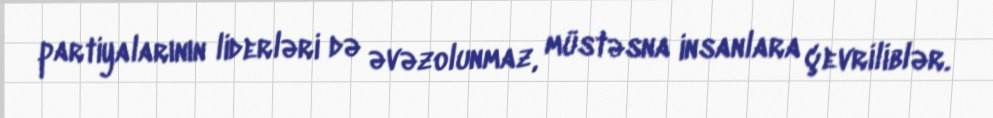
partiyalarının liderləri də əvəzolunmaz, müstəsna insanlara çevriliblər.